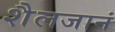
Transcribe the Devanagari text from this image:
शैलजानं